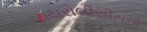
પાયરોલીસીસની